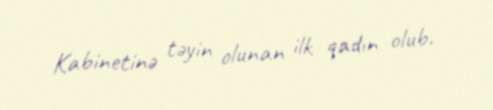
Kabinetinə təyin olunan ilk qadın olub.